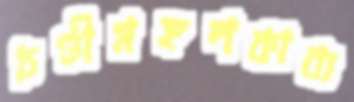
চণ্ডীমঙ্গলকাব্য